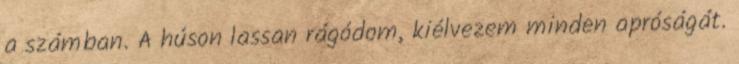
a számban. A húson lassan rágódom, kiélvezem minden apróságát.